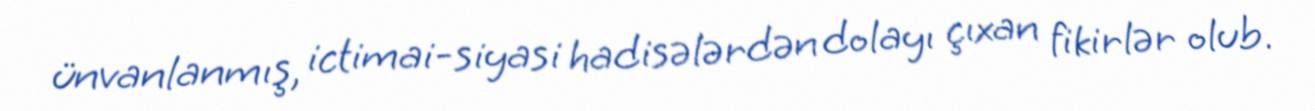
ünvanlanmış, ictimai-siyasi hadisələrdən dolayı çıxan fikirlər olub.